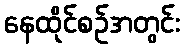
နေထိုင်စဉ်အတွင်း